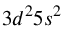
3 d ^ { 2 } 5 s ^ { 2 }